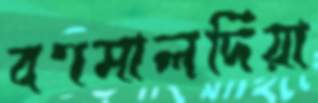
বণমালদিয়া